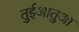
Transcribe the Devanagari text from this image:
तुईआतुआ